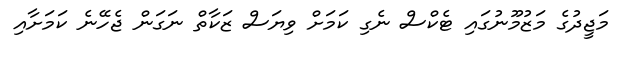
މަޖީދުގެ މަޒުމޫނުގައި ޓެކްސް ނެގި ކަމަށް ވިޔަސް ޒަކާތް ނަގަން ޖެހޭނެ ކަމަށާއި